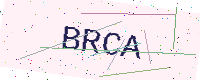
Text: BRCA